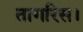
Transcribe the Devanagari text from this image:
तागरिस।